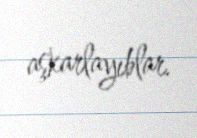
aşkarlayıblar.